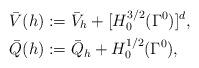
LaTeX: \begin{align*} \bar{V}(h) &:= \bar{V}_h + [H_0^{3/2}(\Gamma^0)]^d, \\ \bar{Q}(h) &:= \bar{Q}_h + H^{1/2}_0(\Gamma^0),\end{align*}